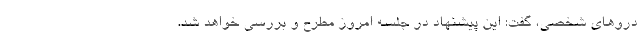
دروهای شخصی، گفت: این پیشنهاد در جلسه امروز مطرح و بررسی خواهد شد.